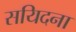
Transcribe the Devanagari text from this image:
सयिदना